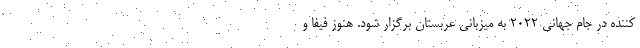
کننده در جام جهانی ۲۰۲۲ به میزبانی عربستان برگزار شود. هنوز فیفا و